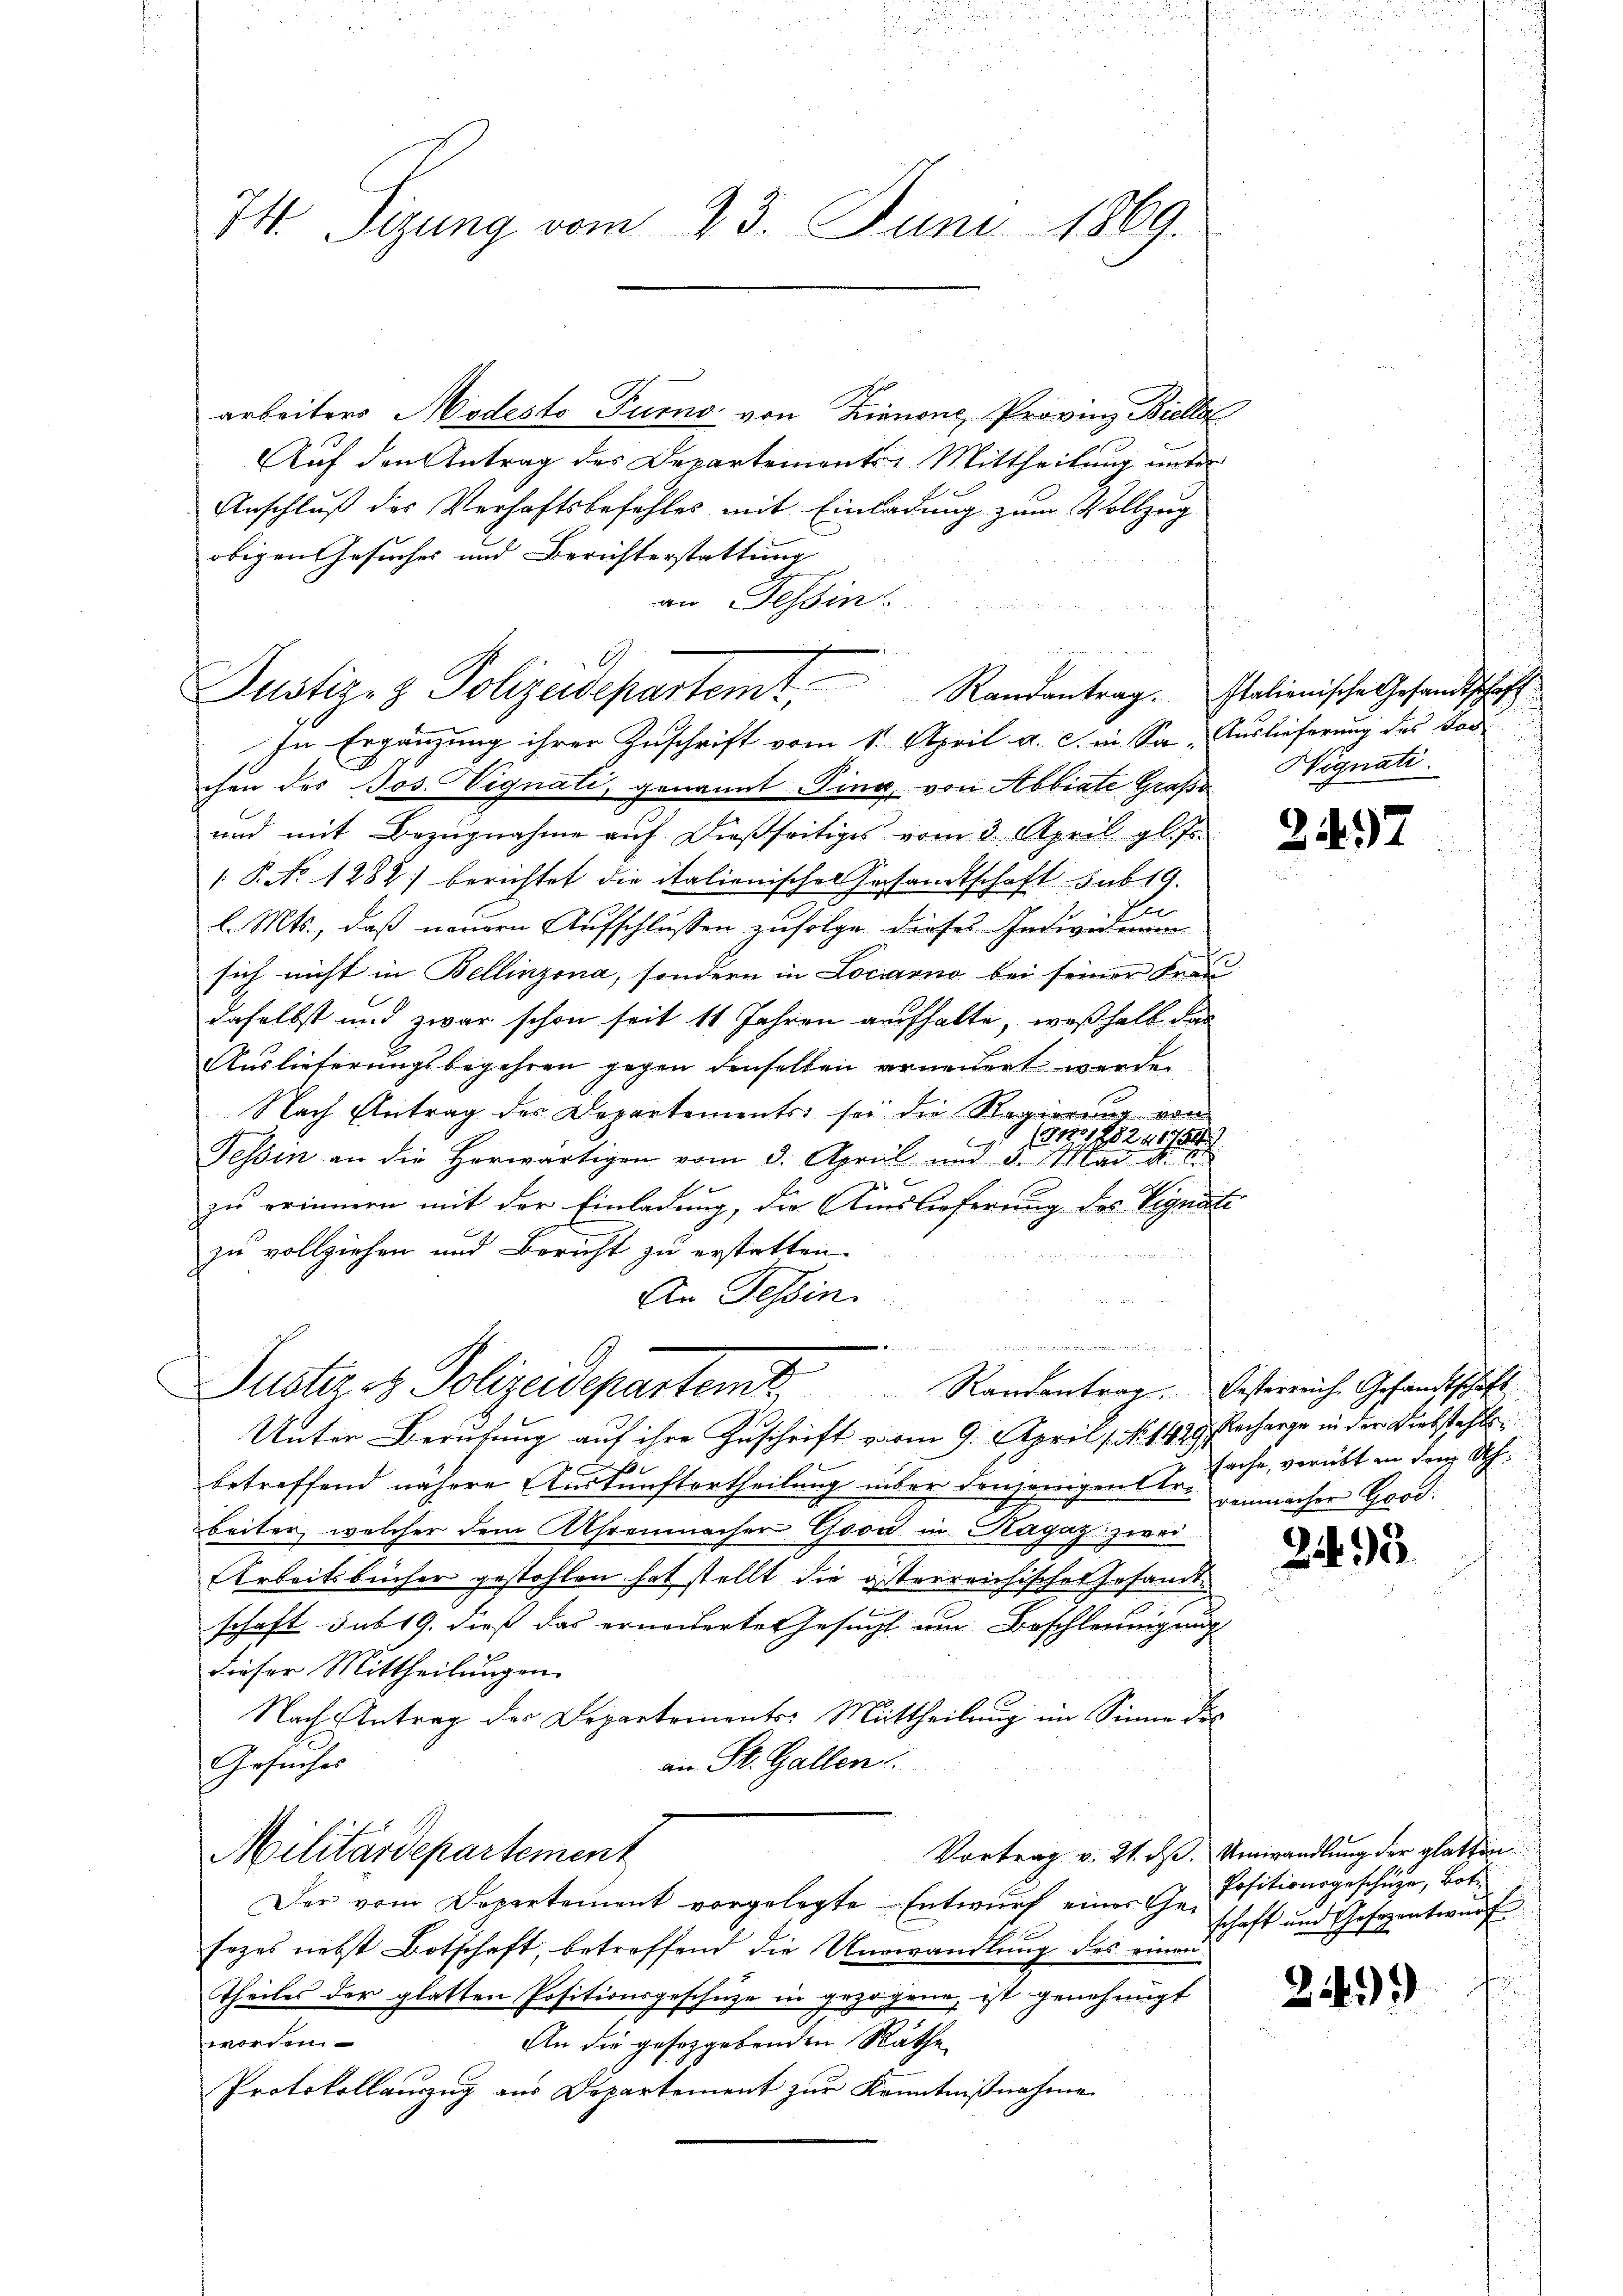
74. Sizung vom 23. Juni 1869.

arbeiters Modesto Turno von Lienone, Provinz Bielle
Auf den Antrag des Departements, Mittheilung unter
Anschluß des Verhaftsbefehles mit Einladung zum Vollzug
obigen Gesuches und Berichterstattung
an Tessin
chen der Jos. Vignati, genannt Ting, von Abbiate Grafe
und mit Bezugnahme auf dießseitiges vom 3. April gl. Js.
 P. No 1282) berichtet die italienischer Gesandtschaft sub 19.
l. Mts., daß neuern Aufschlussen zufolge dieses Individuum
sich nicht in Bellinzona, sondern in Locarno bei seiner Frau
daselbst und zwar schon seit 11 Jahren aufhalte, weßhalb das
Auslieferungsbegehren gegen denselben erneuert werden
Nach Antrag des Departements sei die Regierung von
1 (125241754/
C
Tessin an die Horwärtigen vom 3. April und 5. Mai d. d.
 x
zu erinnern mit der Einladung, die Auslieferung des Vignati
zu vollziehen und Bericht zu erstatten.
.
An Tessin.
.
Justiz & Polizeidepartem 8. Randantrag. Oesterreiche Gesandtschaft
Unter Berufung auf ihre Zuschrift vom 9. April 1. No 1439. Recharge in der Diebstahls

betreffend nähere Auskunftertheilung über denjenigen Str. gemacher Good.
beiter, welcher dem Uhrenmacher Good in Ragaz zwei
Arbeitsbücher gestohlen hat stellt die gesterreichischer Gesandt
d
schaft sub 19. dieß das erneiderte Gesucht um Beschleunigung
dieser Mittheilungen.
Nach Antrag des Departementes Mittheilung im Sinne des
Gesuches
an St. Gallen
Vortrag v. 21. ds. Umwandlung der glatten
Militärdepartement
Der vom Departement vorgelegte Entwurf einer Ge¬
Erzes nebst Botschaft, betreffend die Umwandlung des einen
Theiles der glatten Positionsgeschüze in gezogene, ist genehmigt
worden
An die gesorgebenden Räthe
Protokollauszug aus Departement zur Kenntnißnahme

7
i
Justiz- & Polizeidepartemt, Randantrag. Italienische Gesandtschaft
In Ergänzung ihrer Zuschrift vom 1. April a. c. in Sa- Auslieferung des Vor

Hignati

2197

sache, verübt in dem Ah.

2495

Positionsgeschüze, Bot.
schaft und Gesezentwurf

2)